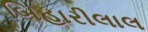
બિહારીલાલ